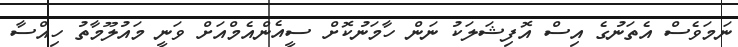
ނަމަވެސް އެތަނުގެ އިސް އޮފިޝަލަކު ނަން ހާމަނުކޮށް ސީއެންއެމްއަށް ވަނީ މައުލޫމާތު ހިއްސާ